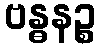
ဗန္ဓနဉ္စ